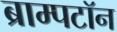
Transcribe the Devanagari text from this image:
ब्राम्पटॉन